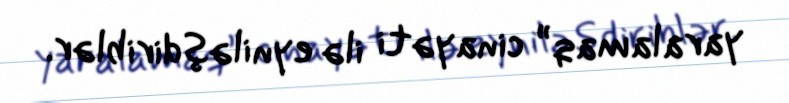
yaralamaq” cinayəti ilə eyniləşdiriblər.